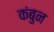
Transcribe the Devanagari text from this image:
कंबुन